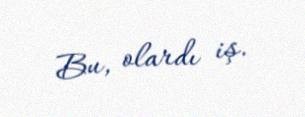
Bu, olardı iş.